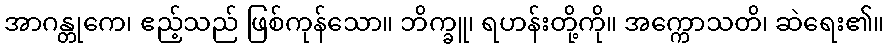
အာဂန္တုကေ၊ ဧည့်သည် ဖြစ်ကုန်သော။ ဘိက္ခူ၊ ရဟန်းတို့ကို။ အက္ကောသတိ၊ ဆဲရေး၏။